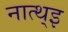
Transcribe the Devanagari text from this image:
नात्थ्इ